Newspaper: Butler citizen. [volume]
Place of publication: Butler, Pa.
Publisher: John H. & W.C. Negley
Date: 1895-12-12 00:00:00
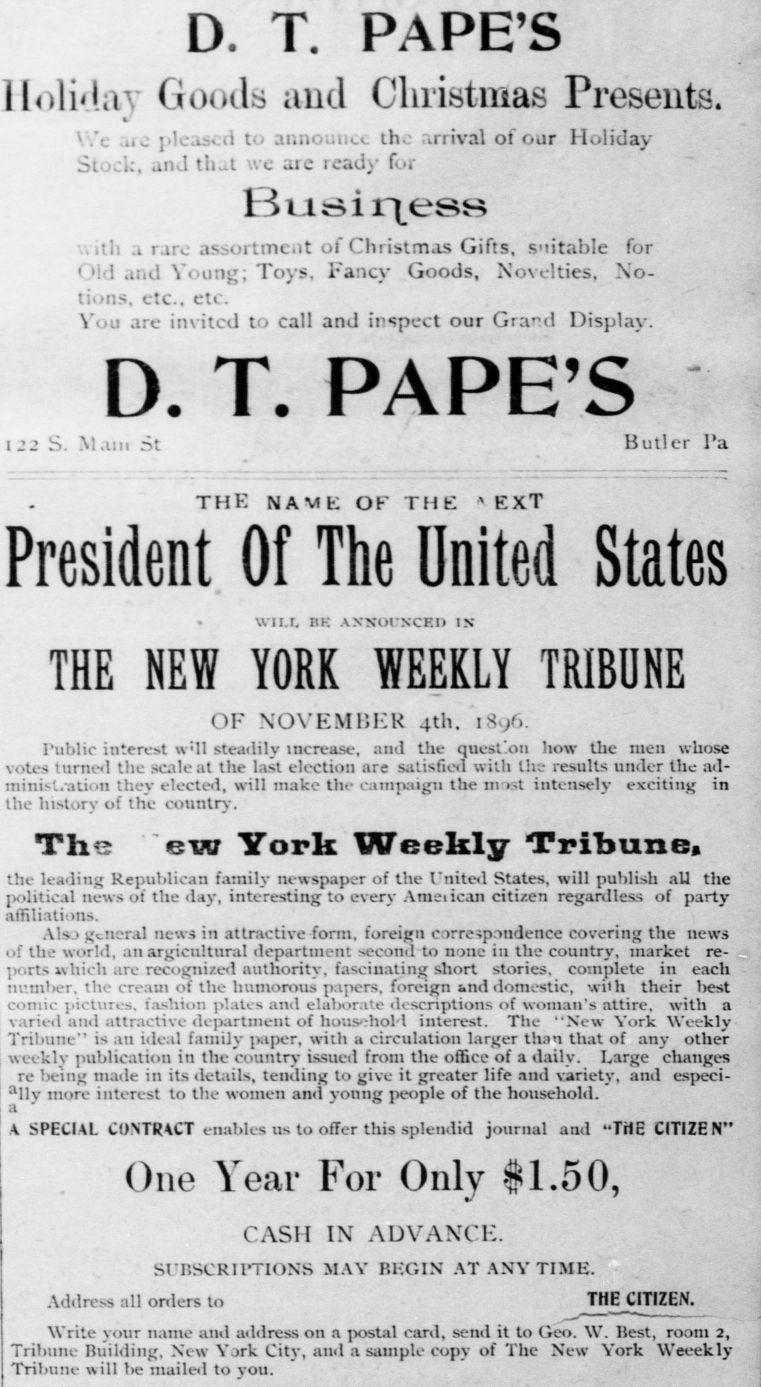
Advertisement text (OCR):
D. T. PAPE'S lloli'liiv Goods and Christmas Presents. V.'c jt j>leas».d t< announce the »rrival of our Holiday St ic, and that ve iic read)' fur Business tl: .1 rare .issortmc.it of Christmas Gifts, suitable for 1 ! and Young, Toys, Fancy Goods, Novelties. No tions. etc.. etc. Y .! are invited to call and inspect our Grand Display. D. T. PAPE'S 1 22 S. Main St Butler I'a THE NAME OK THE » EXT President Of The United States WILL BK ANNOUNCED IX THE NEW YORK WEEKLY TRIBUNE OF NOVEMBER 4th. 1896. Public interest w : ll steadily increase, and the qucst'oll liow the men whose votes turned the scale at tlie last election are satisfied with llil- results under tlic ad ministration thev elected, will make the campaign the in intensely exciting in the history of the country. The ew York Weekly Tribune, the leading Republican family newspaper of the I'nited States, will publish all the political news of the day, interesting to every Ameiican citizen reganlless of party affiliations. A!s > general news in attractive form, foreign c irre-ipnndence covering the news ..f the world, an argicultural department second to none in the country, market re .rts which are recognized authority, fascinating short stories, complete in each number, the cream of the humorous papers, foreign and domestic, with their l)est comic pictures, fashion plates and elaljorate descriptions of woman's attire, with a varied and attractive department of household interest. The "New York Weekly Tribune" is an ideal family paper, with .1 circulation larger than that of any other weekly publication in the country issued from the office of a daily. Large changes re being made in its details, tending to give it greater life and variety, and especi "Mlv more interest to the women and voung people of the household, a ■V SPECIAL CONTRACT enables us to offer this splendid journal and "THE CITIZEN" One Year For Only #1.50, CASH IN ADVANCE. t SrnsCRIPTIONS MAY begin at any time. Address all orders to THE CITIZEN. Write your name and address on a postal card, send it to Geo. W. liest, room 2, Tribune Building, New Y.jrk Citv, and a sample copy of The New York Weeekly Tribune will lie mailed to you.
Label: text-only